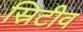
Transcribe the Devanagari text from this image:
स्रिटीव